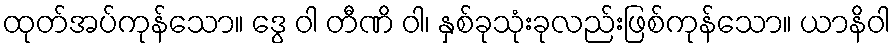
ထုတ်အပ်ကုန်သော။ ဒွေ ဝါ တီဏိ ဝါ၊ နှစ်ခုသုံးခုလည်းဖြစ်ကုန်သော။ ယာနိဝါ